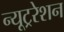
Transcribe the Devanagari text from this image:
न्यूट्ररेशन